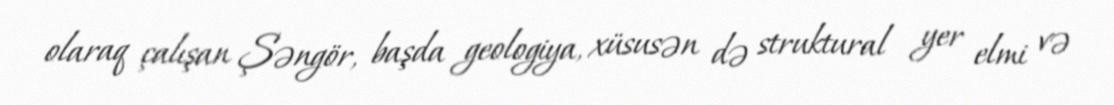
olaraq çalışan Şəngör, başda geologiya, xüsusən də struktural yer elmi və